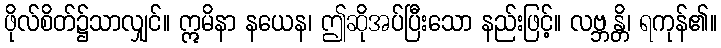
ဖိုလ်စိတ်၌သာလျှင်။ ဣမိနာ နယေန၊ ဤဆိုအပ်ပြီးသော နည်းဖြင့်။ လဗ္ဘန္တိ၊ ရကုန်၏။